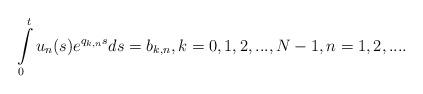
LaTeX: \begin{align*}\int\limits_0^{t}u_n(s)e^{q_{k,n}s}ds=b_{k,n},k=0,1,2,...,N-1,n=1,2,....\end{align*}